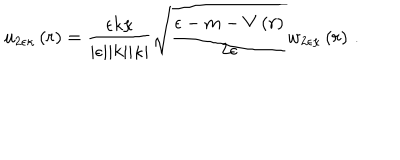
LaTeX: u _ { 2 \epsilon \kappa } \left( r \right) = \frac { \epsilon k \kappa } { \vert \epsilon \vert \vert k \vert \vert \kappa \vert } \sqrt { \frac { \epsilon - m - V \left( r \right) } { 2 \epsilon } } w _ { 2 \epsilon \kappa } \left( r \right) \, .